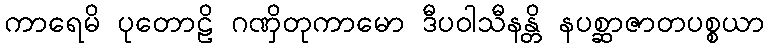
ကာရေမိ ပုတောဠိ ဂဏှိတုကာမော ဒီပဝါသီနန္တိ နပစ္ဆာဇာတပစ္စယာ